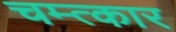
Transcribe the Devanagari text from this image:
चम्त्कार